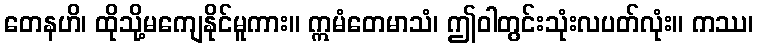
တေနဟိ၊ ထိုသို့မကျေနိုင်မူကား။ ဣမံတေမာသံ၊ ဤဝါတွင်းသုံးလပတ်လုံး။ ကဿ၊